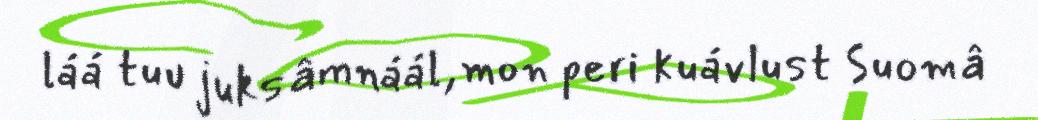
láá tuu juksâmnáál,mon peri kuávlust Suomâ